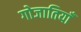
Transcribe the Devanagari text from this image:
गोजातियाँ